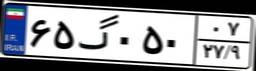
۶۵گ۰۵۰۰۷